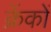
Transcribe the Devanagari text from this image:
क्रेंकों